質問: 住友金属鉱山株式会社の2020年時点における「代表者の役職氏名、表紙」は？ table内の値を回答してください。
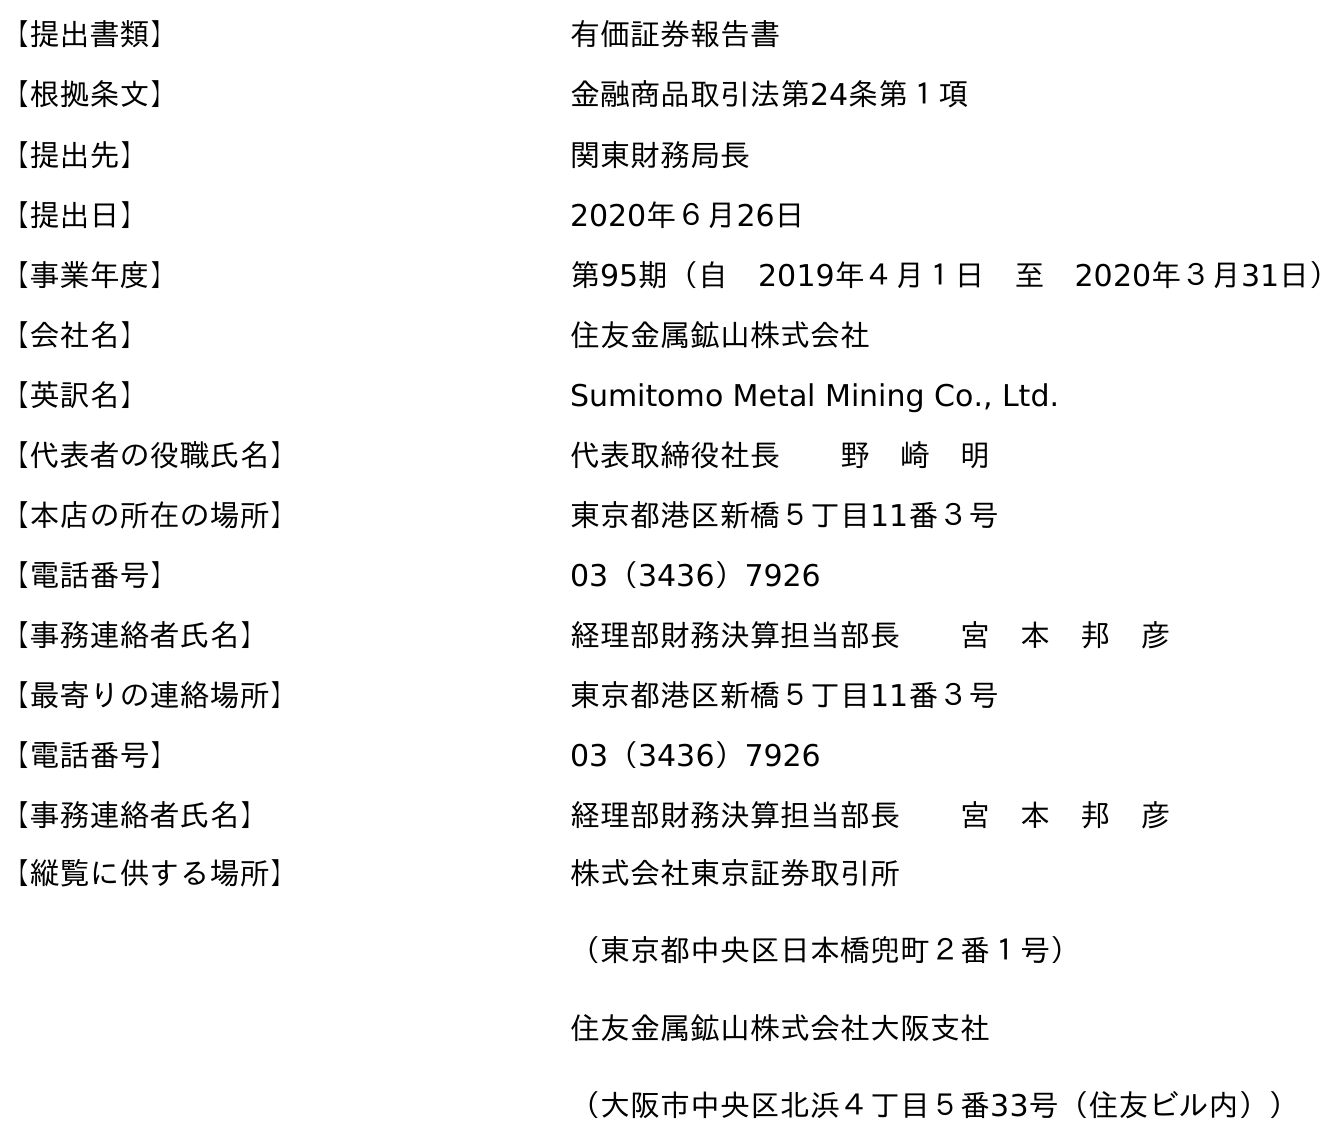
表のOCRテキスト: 【提出書類】 有価証券報告書 【根拠条文】 金融商品取引法第24条第１項 【提出先】 関東財務局長 【提出日】 2020年６月26日 【事業年度】 第95期（自 2019年４月１日 至 2020年３月31日） 【会社名】 住友金属鉱山株式会社 【英訳名】 Sumitomo Metal Mining Co., Ltd. 【代表者の役職氏名】 代表取締役社長  野 崎 明 【本店の所在の場所】 東京都港区新橋５丁目11番３号 【電話番号】 03（3436）7926 【事務連絡者氏名】 経理部財務決算担当部長  宮 本 邦 彦 【最寄りの連絡場所】 東京都港区新橋５丁目11番３号 【電話番号】 03（3436）7926 【事務連絡者氏名】 経理部財務決算担当部長  宮 本 邦 彦 【縦覧に供する場所】 株式会社東京証券取引所 （東京都中央区日本橋兜町２番１号） 住友金属鉱山株式会社大阪支社 （大阪市中央区北浜４丁目５番33号（住友ビル内））
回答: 代表取締役社長野　崎　明